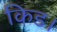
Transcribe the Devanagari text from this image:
किड।